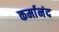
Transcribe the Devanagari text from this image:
कर्मानंद